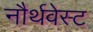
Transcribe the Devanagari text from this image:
नौर्थवेस्ट